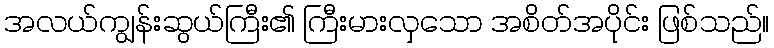
အလယ်ကျွန်းဆွယ်ကြီး၏ ကြီးမားလှသော အစိတ်အပိုင်း ဖြစ်သည်။